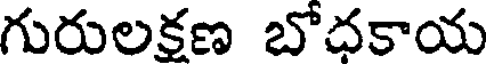
గురులక్షణ బోధకాయ